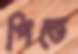
পিত্তে